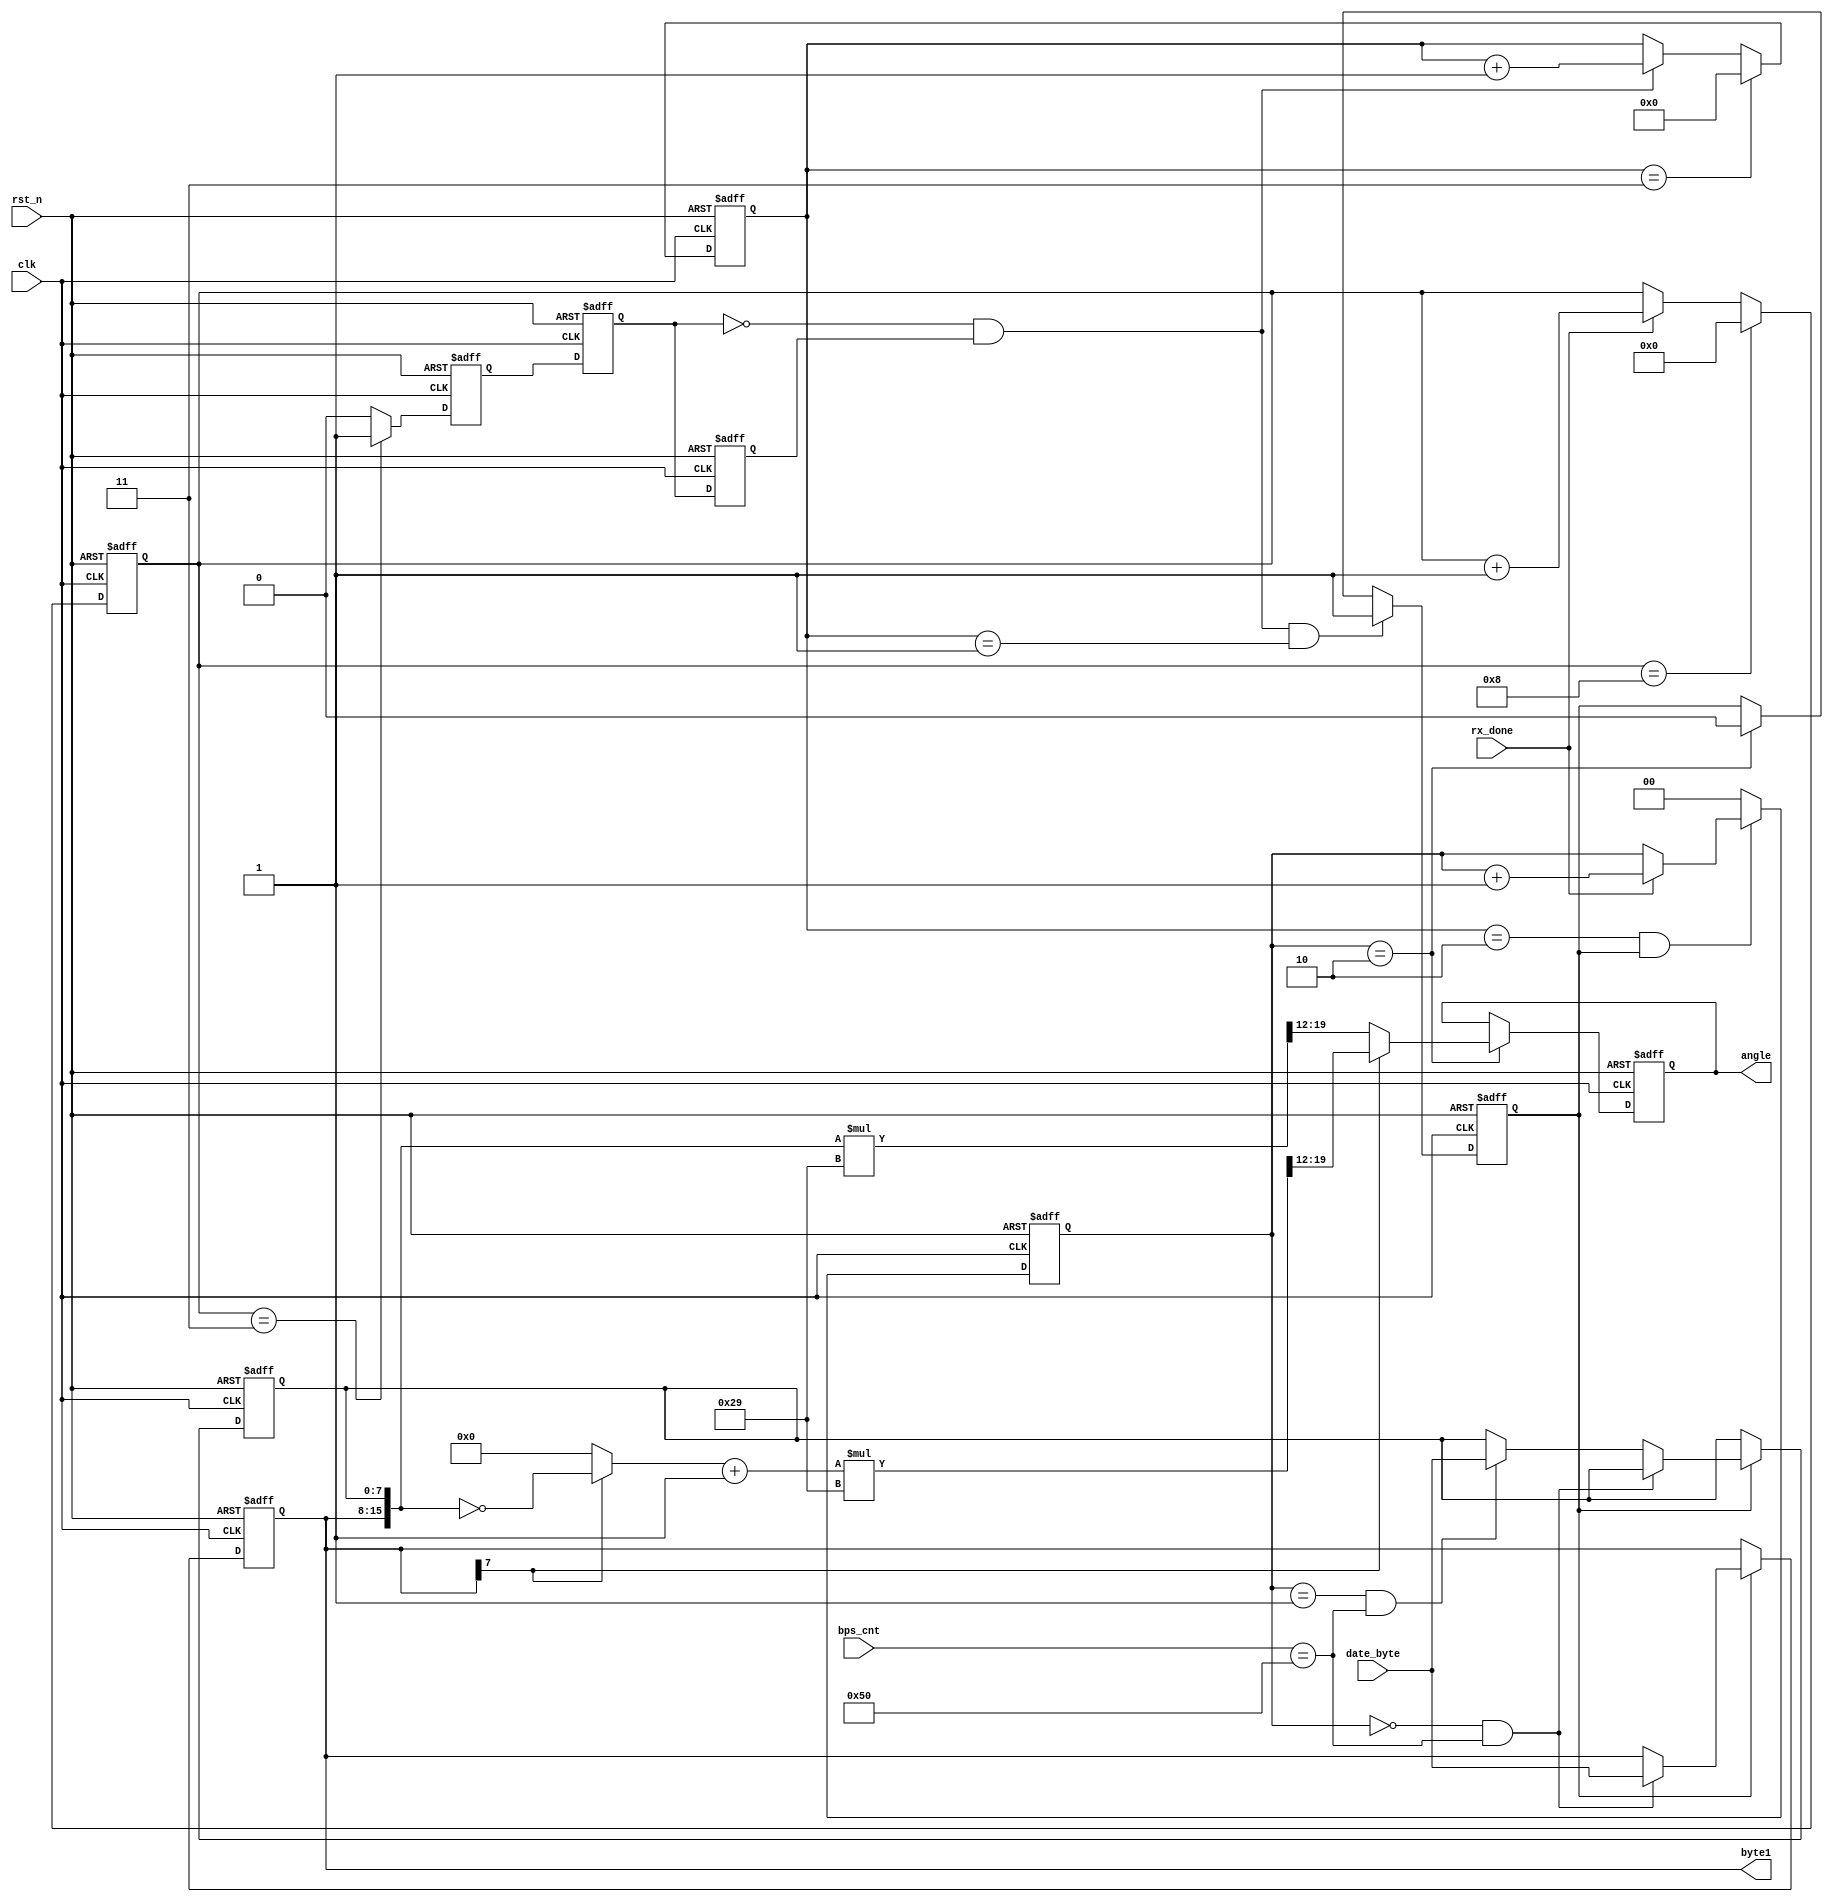
module data_extract(clk,rst_n,date_byte,angle,rx_done,bps_cnt,byte1
    );
	input  wire 	   clk;
	input  wire 	   rst_n;
	input  wire [7:0]  date_byte;
	input  wire 	   rx_done;
	input  wire	[7:0]  bps_cnt;
	
	output reg  [7:0]  angle;
	output reg 	[7:0]  byte1 ;
	
	reg 		s_sign ; 		 //
	
	reg			s_sign_1;
	reg 		s_sign_2;
	wire 		neged 	;		 //
	reg  [1:0]	fy_byte_cnt;		 //BYTE
	reg  [3:0]  byte_cnt  ;		 //byte
	reg 		fuyang_angle;   //
  	reg	 [7:0]	freq_cnt    ;     //
	reg  [7:0] 	byte2;			 // 8  , 8 
	wire [15:0]	fs;				 //

	always @(posedge clk or negedge rst_n)
	begin 
		if(!rst_n)
			byte_cnt <= 0;
		else if(byte_cnt==8) //
			byte_cnt <= 0;
		else if( rx_done == 1)
			byte_cnt <= byte_cnt + 1;
		else 
			byte_cnt <= byte_cnt;			
	end 
	
	always @(posedge clk or negedge rst_n)
	begin 
		if(!rst_n)
				s_sign <= 0;
		else if(byte_cnt==4'b0011)
				s_sign <= 1;
		else 
				s_sign <= 0;
	end 
	always @(posedge clk or negedge rst_n)
	begin 
		if(!rst_n)
			begin 
				s_sign_1 <= 0;
		        s_sign_2 <= 0;
			end 
		else 
			begin
				s_sign_1 <= s_sign;
				s_sign_2 <= s_sign_1;
			end 
	end 
	
	assign neged = ~s_sign_1 & s_sign_2;
	
    always @(posedge clk or negedge rst_n)
	begin 
		if(!rst_n)
			fuyang_angle <= 0;
		else if (neged == 1 && freq_cnt == 1 )
			fuyang_angle <= 1;
		else if(fy_byte_cnt == 2)
			fuyang_angle <= 0;
		else 
			fuyang_angle <= fuyang_angle;
	end 

  	always @(posedge clk or negedge rst_n)
	begin 
		if(!rst_n)
			freq_cnt <= 0 ;
		else if(freq_cnt == 3)
			freq_cnt <= 0;
		else if(neged == 1)
			freq_cnt <= freq_cnt+1;
		else 
			freq_cnt <= freq_cnt;
	end   
	always @(posedge clk or negedge rst_n)
	begin 
		if(!rst_n)
			fy_byte_cnt <= 0;
		else if(freq_cnt == 2 && fuyang_angle == 1)
				if(rx_done == 1)
					fy_byte_cnt <= fy_byte_cnt + 1;
				else 
					fy_byte_cnt <= fy_byte_cnt ;
		else 
			fy_byte_cnt <= 0;
	end 
	always @(posedge clk or negedge rst_n)
	begin 
		if(!rst_n)	
			begin 
				byte1 <= 0;
				byte2 <= 0;
			end 
		else if(fuyang_angle == 1)
				begin 
					if(fy_byte_cnt == 0 && bps_cnt== 80) 
						byte1 <= date_byte;
					else if(fy_byte_cnt == 1 && bps_cnt== 80)
						byte2 <= date_byte;
					else 
						begin 
							byte1 <= byte1;
							byte2 <= byte2;
						end 
				end 
		else 
			begin 
				byte1 <= byte1;
				byte2 <= byte2;
			end 
	end 
		
	assign fs = (byte1[7] == 1) ? ( ~{byte1[7:0], byte2[7:0]}) : 0;
	always@(posedge clk or negedge rst_n)
	begin 
		if(!rst_n) 
			angle <= 0;
		else if(fy_byte_cnt == 2)
				begin 
				if(byte1[7] == 1'b1)			//
					angle <= (fs +1'b1)*41>>12;	//*41>>12 = /100		
				else 
					angle <= ({byte1[7:0] , byte2[7:0]})*41>>12;
				end 
		else 
			angle <= angle;
	end 		
endmodule